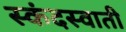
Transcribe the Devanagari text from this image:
स्कंदस्वाती